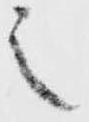
之